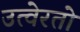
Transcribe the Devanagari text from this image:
उत्वेरतो